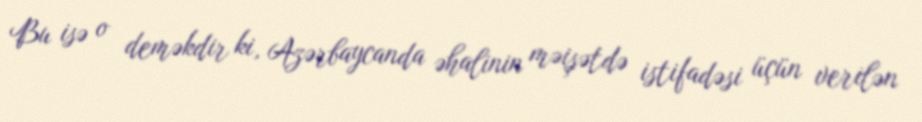
Bu isə o deməkdir ki, Azərbaycanda əhalinin məişətdə istifadəsi üçün verilən